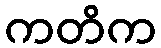
ကတိက